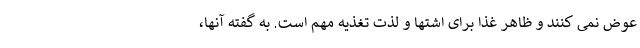
عوض نمی کنند و ظاهر غذا برای اشتها و لذت تغذیه مهم است. به گفته آنها،